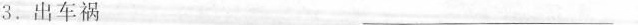
3.出车祸 ___